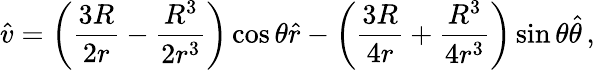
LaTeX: \hat{v}=\left(\frac{3R}{2r}-\frac{R^{3}}{2r^{3}}\right)\cos{\theta}\hat{r}-\left(\frac{3R}{4r}+\frac{R^{3}}{4r^{3}}\right)\sin{\theta}\hat{\theta}\, ,